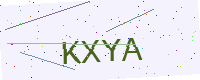
Text: KXYA